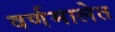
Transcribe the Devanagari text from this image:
वर्णमालेत